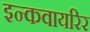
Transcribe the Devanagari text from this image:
इन्कवायरिर